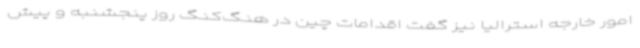
امور خارجه استرالیا نیز گفت اقدامات چین در هنگ‌کنگ روز پنجشنبه و پیش